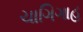
ચાગિગાહ